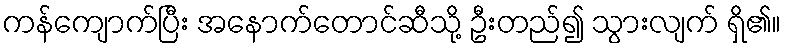
ကန်ကျောက်ပြီး အနောက်တောင်ဆီသို့ ဦးတည်၍ သွားလျက် ရှိ၏။